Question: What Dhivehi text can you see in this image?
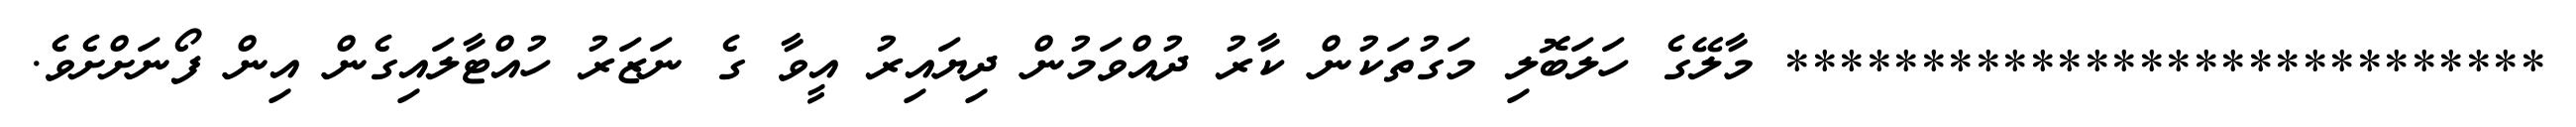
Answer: **************************** މާލޭގެ ހަލަބޮލި މަގުތަކުން ކާރު ދުއްވަމުން ދިޔައިރު އީވާ ގެ ނަޒަރު ހުއްޓާލައިގެން އިން ފޯނަށްށެވެ.